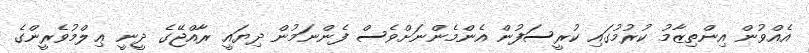
އެއްވުން އިންތިޒާމު ކުރުމުގައި ކުރީސަފުން އެންމެންނަށްވެސް ފެންނަމުން ދިޔައީ ރާއްޖޭގެ ދީނީ ޢިލްމުވެރީންގެ